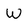
Character: W